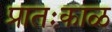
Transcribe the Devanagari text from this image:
प्रातःकाळ